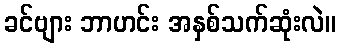
ခင်ဗျား ဘာဟင်း အနှစ်သက်ဆုံးလဲ။